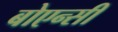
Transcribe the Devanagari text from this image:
बोएन्सी